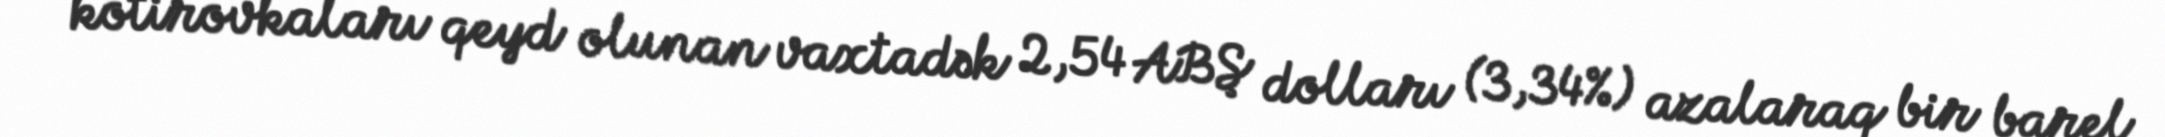
kotirovkaları qeyd olunan vaxtadək 2,54 ABŞ dolları (3,34%) azalaraq bir barel